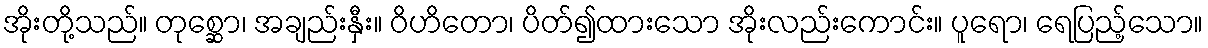
အိုးတို့သည်။ တုစ္ဆော၊ အချည်းနှီး။ ဝိဟိတော၊ ပိတ်၍ထားသော အိုးလည်းကောင်း။ ပူရော၊ ရေပြည့်သော။